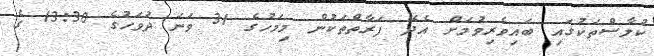
ކުލާސްތަކުގައި ބައިވެރިވުމަށް އެދޭ ފަރާތްތަކުން މިމަހުގެ 31 ވަނަ ދުވަހުގެ 13:30 ގެ